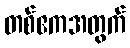
တစ်ဧကအတွက်